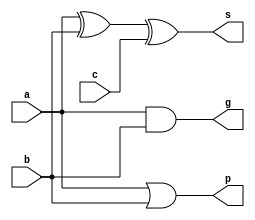
/************************************************
** 
** ab
** c
** gps()
************************************************/
module add (a, b, c, g, p, s);
    input  a, b, c;
    output g, p, s;
    //abc
    assign s = a ^ b ^ c;
    //abg
    assign g = a & b;
    //abp
    assign p = a | b;
endmodule